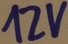
Text: 12V